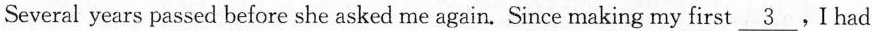
Several years passed before she asked me again. Since making my first \underline{3}.I had